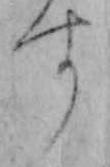
す